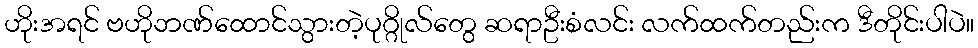
ဟိုးအရင် ဗဟိုဘဏ်ထောင်သွားတဲ့ပုဂ္ဂိုလ်တွေ ဆရာဦးစံလင်း လက်ထက်တည်းက ဒီတိုင်းပါပဲ။